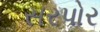
સરપોર